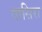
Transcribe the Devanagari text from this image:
वासिरा